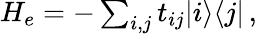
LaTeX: \begin{array}{r}{H_{e}=-\sum_{i,j}t_{ij}\vert i\rangle\langle j\vert\, ,}\end{array}